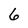
Character: 6